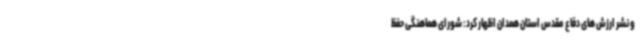
و نشر ارزش های دفاع مقدس استان همدان اظهار کرد: شورای هماهنگی حفظ